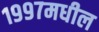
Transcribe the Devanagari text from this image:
१९९७मधील